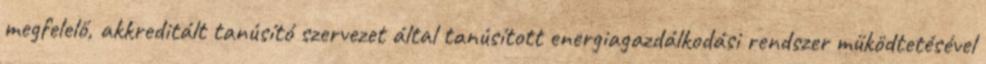
meg­fe­le­lő, akk­re­di­tált ta­nú­sí­tó szer­ve­zet ál­tal ta­nú­sí­tott ener­gia­gaz­dál­ko­dá­si rend­szer mű­köd­te­té­sé­vel